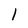
Character: 1